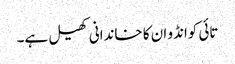
تائی کوانڈو ان کا خاندانی کھیل ہے۔